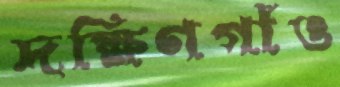
দক্ষিণগাঁও